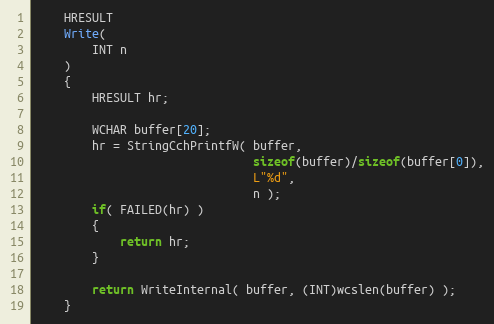
Language: C
    HRESULT
    Write(
        INT n
    )
    {
        HRESULT hr;

        WCHAR buffer[20];
        hr = StringCchPrintfW( buffer,
                               sizeof(buffer)/sizeof(buffer[0]),
                               L"%d",
                               n );
        if( FAILED(hr) )
        {
            return hr;
        }

        return WriteInternal( buffer, (INT)wcslen(buffer) );
    }